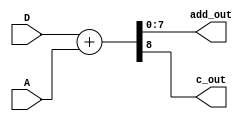
module adder(
    D,A,add_out,c_out
    );
    parameter m=8,n=8;
    input [m-1:0] D,A;
    output [m-1:0] add_out;
    output c_out;
    wire [m:0] add_result, data1, data2;
    assign data1 = {1'b0,D};
    assign data2 = {1'b0,A};
    assign add_result = data1+data2;
    assign add_out = add_result[m-1:0];
    assign c_out = add_result[m];
endmodule

module controller(clk,rst,lsb,load_cmd,add_cmd,shift_cmd,out_cmd);
    input clk, rst,lsb;
    output load_cmd,add_cmd,shift_cmd,out_cmd;
    reg load_cmd,add_cmd,shift_cmd, out_cmd;
    reg [2:0] state;
    reg start;
    integer count;
    parameter m=8;
    parameter n=8;
    parameter idle=3'b000, init=3'b001, test=3'b010, add=3'b011, shift=3'b100;
    always@(posedge clk or posedge rst)
        if (rst)
            begin
                state<=idle;
                count<=0;
                start<=1;
                out_cmd<=0;
            end
        else 
            case (state)
                idle: begin
                    load_cmd<=0;
                    add_cmd<=0;
                    shift_cmd<=0;
                    if (start) begin
                        state<=init;
                        out_cmd<=0;
                    end
                    else begin
                        state<=idle;
                        out_cmd<=1;
                    end
                end
                init: begin
                    load_cmd<=1;
                    add_cmd<=0;
                    shift_cmd<=0;
                    out_cmd<=0;
                    state<=test;
                end
                test: begin
                    load_cmd<=0;
                    add_cmd<=0;
                    shift_cmd<=0;
                    out_cmd<=0;
                    if (lsb) begin
                        state<=add;
                        end
                    else state<=shift;
                end 
                add: begin
                    load_cmd<=0;
                    add_cmd<=1;
                    shift_cmd<=0;
                    out_cmd<=0;
                    state<=shift;
                end
                shift: begin
                    load_cmd<=0;
                    add_cmd<=0;
                    shift_cmd<=1;
                    out_cmd<=0;
                    if (count<m) begin
                        state<=test;
                        count<=count+1;
                    end
                    else begin
                        count<=0;
                        state<=idle;
                        start<=0;
                    end
                end 
            endcase                
endmodule

module shifter(
    add_out,c_out,load_cmd,add_cmd,shift_cmd,clk,rst,out_cmd,Q,A,lsb,out   
 );
 parameter m=8,n=8;
 input [m-1:0] add_out;
 input c_out,load_cmd,add_cmd,shift_cmd,clk,rst,out_cmd;
 input [n-1:0] Q;
 output [m-1:0] A;
 output lsb;
 output reg [m+n-1:0] out; 
 reg [m+n:0] temp;
 reg add_temp;
 
 assign A = temp[m+n-1:n];
 assign lsb = temp[0];
 always@(posedge clk or posedge rst)
 begin
    if (rst)
    begin
        add_temp<=0;
        temp<=0;
    end
    else
    begin
        if (load_cmd)
        begin
            temp[m+n:n]<=0;
            temp[n-1:0]<=Q;
        end
        else if (add_cmd)
            add_temp<=1;
        else if (shift_cmd && add_temp)
        begin
            temp<={1'b0, c_out, add_out, temp[n-1:1]};
            add_temp<=0;
        end
        else if (shift_cmd && !add_temp)
            temp<={1'b0, temp[m+n:1]}; 
    end
 end
 always@(out_cmd)
 begin
    if (!out_cmd)
        out<=0;
    else
        out<=temp[m+n-1:0];
 end
 endmodule

module shift_add_multiplier(clk, rst, D, Q, out);
parameter m=8, n=8;
input clk, rst;
input [m-1:0] D;
input [n-1:0] Q;
output [m+n-1:0] out;

wire c_out,load_cmd,add_cmd,shift_cmd,lsb,out_cmd;
wire [m-1:0] A,add_out;
adder adder(.D(D), .A(A), .add_out(add_out), .c_out(c_out));
shifter shifter(add_out,c_out,load_cmd,add_cmd,shift_cmd,clk,rst,out_cmd,Q,A,lsb,out);
controller controller(clk,rst,lsb,load_cmd,add_cmd,shift_cmd,out_cmd);
endmodule